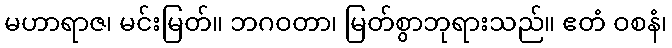
မဟာရာဇ၊ မင်းမြတ်။ ဘဂဝတာ၊ မြတ်စွာဘုရားသည်။ ဧတံ ဝစနံ၊